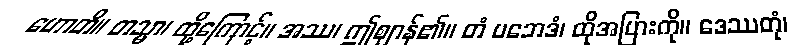
ဟောတိ။ တသ္မာ၊ ထို့ကြောင့်။ အဿ၊ ဤဈာန်၏။ တံ ပဘေဒံ၊ ထိုအပြားကို။ ဒေဿတုံ၊